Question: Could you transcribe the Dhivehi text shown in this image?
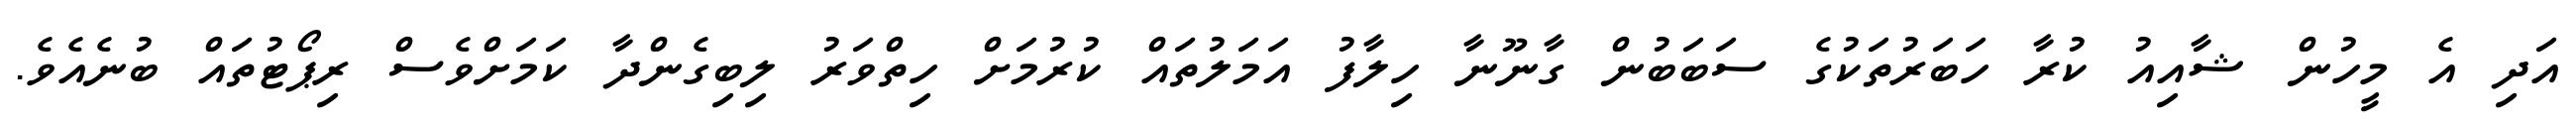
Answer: އަދި އެ މީހުން ޝާއިއު ކުރާ ހަބަރުތަކުގެ ސަބަބުން ގާނޫނާ ހިލާފު އަމަލުތައް ކުރުމަށް ހިތްވަރު ލިބިގެންދާ ކަމަށްވެސް ރިޕޯޓުތައް ބުނެއެވެ.